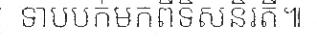
ទាបបក់មកពីទិសនិរតី៕